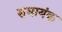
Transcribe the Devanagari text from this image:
सघायंक